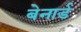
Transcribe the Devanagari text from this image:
बेनार्ड